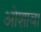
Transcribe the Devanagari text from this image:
ओशावा